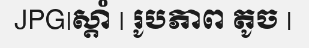
JPG|ស្តាំ | រូបភាព តូច |